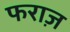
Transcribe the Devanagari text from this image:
फराज़